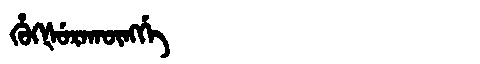
Manchu: ᡥᡠᡴᡧᡠᡵᠠᡴᡡᠩᡤᡝ
Romanization: HUKŠURAKŪNGGE